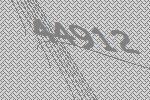
44912